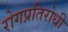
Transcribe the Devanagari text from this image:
रोगप्रतिरोधी